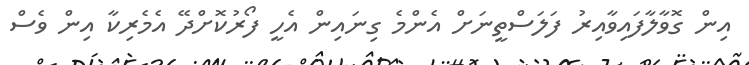
އިން ގޮވާލާފައިވާއިރު ފަލަސްތީނަށް އެންމެ ގިނައިން އެހީ ފޯރުކޮށްދޭ އެމެރިކާ އިން ވެސް